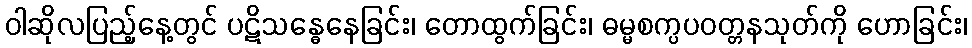
ဝါဆိုလပြည့်နေ့တွင် ပဋိသန္ဓေနေခြင်း၊ တောထွက်ခြင်း၊ ဓမ္မစက္ပပဝတ္တနသုတ်ကို ဟောခြင်း၊